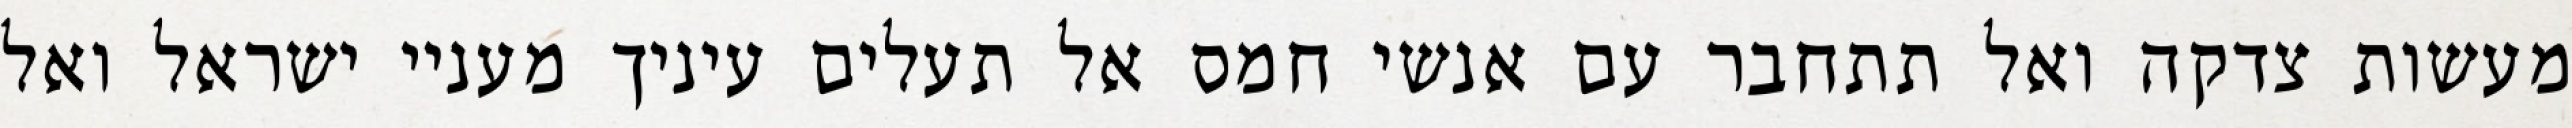
מעשות צדקה ואל תתחבר עם אנשי חמס אל תעלים עיניך מעניי ישראל ואל